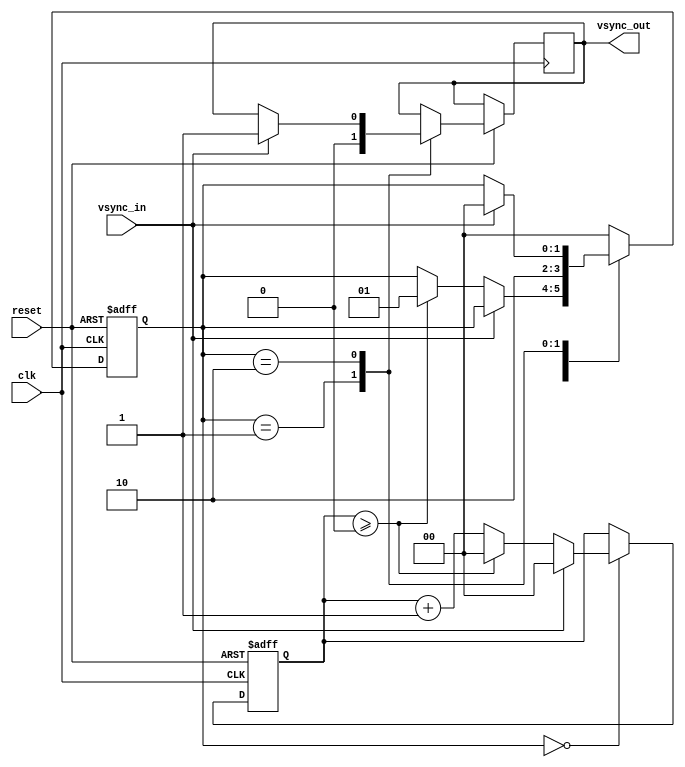
//Digital filter for VSYNC input


module vsync_filter
#(
	parameter wait_cycles = 0,
	parameter VSYNC_ACTIVE = 0
)
(
	input wire clk,
	input wire reset,
	input wire vsync_in,
	output reg vsync_out
);

reg [1:0] vsync_state;
reg [1:0] vsync_count;

localparam [1:0]	state_first_wait = 2'b00,
						state_switch = 2'b01,
						state_second_wait = 2'b10;
				   
				   
initial begin
	reset_regs();
end

//State machine for the transmission process
always @ (posedge clk or negedge reset) begin
	if(reset == 1'b0) begin
		reset_regs();
	end
	else begin
		//Internal state machine
		case(vsync_state)
			
			state_first_wait: begin
				//If the capture trigger is active
				if(vsync_in == VSYNC_ACTIVE) begin
					if(vsync_count >= wait_cycles) begin
						vsync_count <= 0;
						vsync_state <= state_switch;
					end
					else begin
						vsync_count <= vsync_count + 1'b1;
					end
				end
				//If not active, reset the counter
				else begin
					vsync_count <= 0;
				end
			
			end
		
			state_switch: begin
				//Perform the buffer switch
				vsync_out <= VSYNC_ACTIVE;
				//Wait for the frame to start
				vsync_state <= state_second_wait;
			end
			
			state_second_wait: begin
			//Once vsync deactivates
				if(vsync_in != VSYNC_ACTIVE) begin
					vsync_out <= !VSYNC_ACTIVE;
					vsync_state <= state_first_wait;
				end
			end
			
			default: begin
				vsync_state <= state_first_wait;
			end
			
		endcase
	end//not reset
end

task reset_regs;
begin
	vsync_state <= state_first_wait;
	vsync_count <= 2'b0;
end
endtask

endmodule